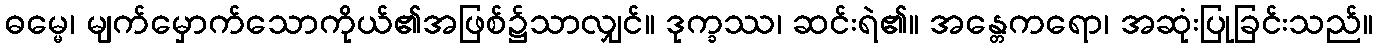
ဓမ္မေ၊ မျက်မှောက်သောကိုယ်၏အဖြစ်၌သာလျှင်။ ဒုက္ခဿ၊ ဆင်းရဲ၏။ အန္တေကရော၊ အဆုံးပြုခြင်းသည်။